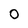
Character: 0